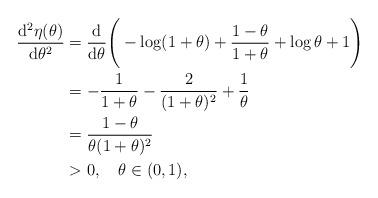
LaTeX: \begin{align*}\frac{\mathrm{d}^2\eta(\theta)}{\mathrm{d}\theta^2}&=\frac{\mathrm{d}}{\mathrm{d}\theta}\Bigg(-\log(1+\theta)+\frac{1-\theta}{1+\theta}+\log\theta+1\Bigg)\\&=-\frac{1}{1+\theta}-\frac{2}{(1+\theta)^2}+\frac{1}{\theta}\\&=\frac{1-\theta}{\theta(1+\theta)^2}\\&>0,\quad\theta\in(0,1),\end{align*}